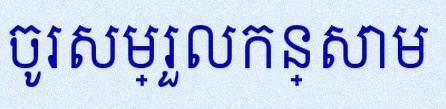
ចូរសម្រួលកន្សោម